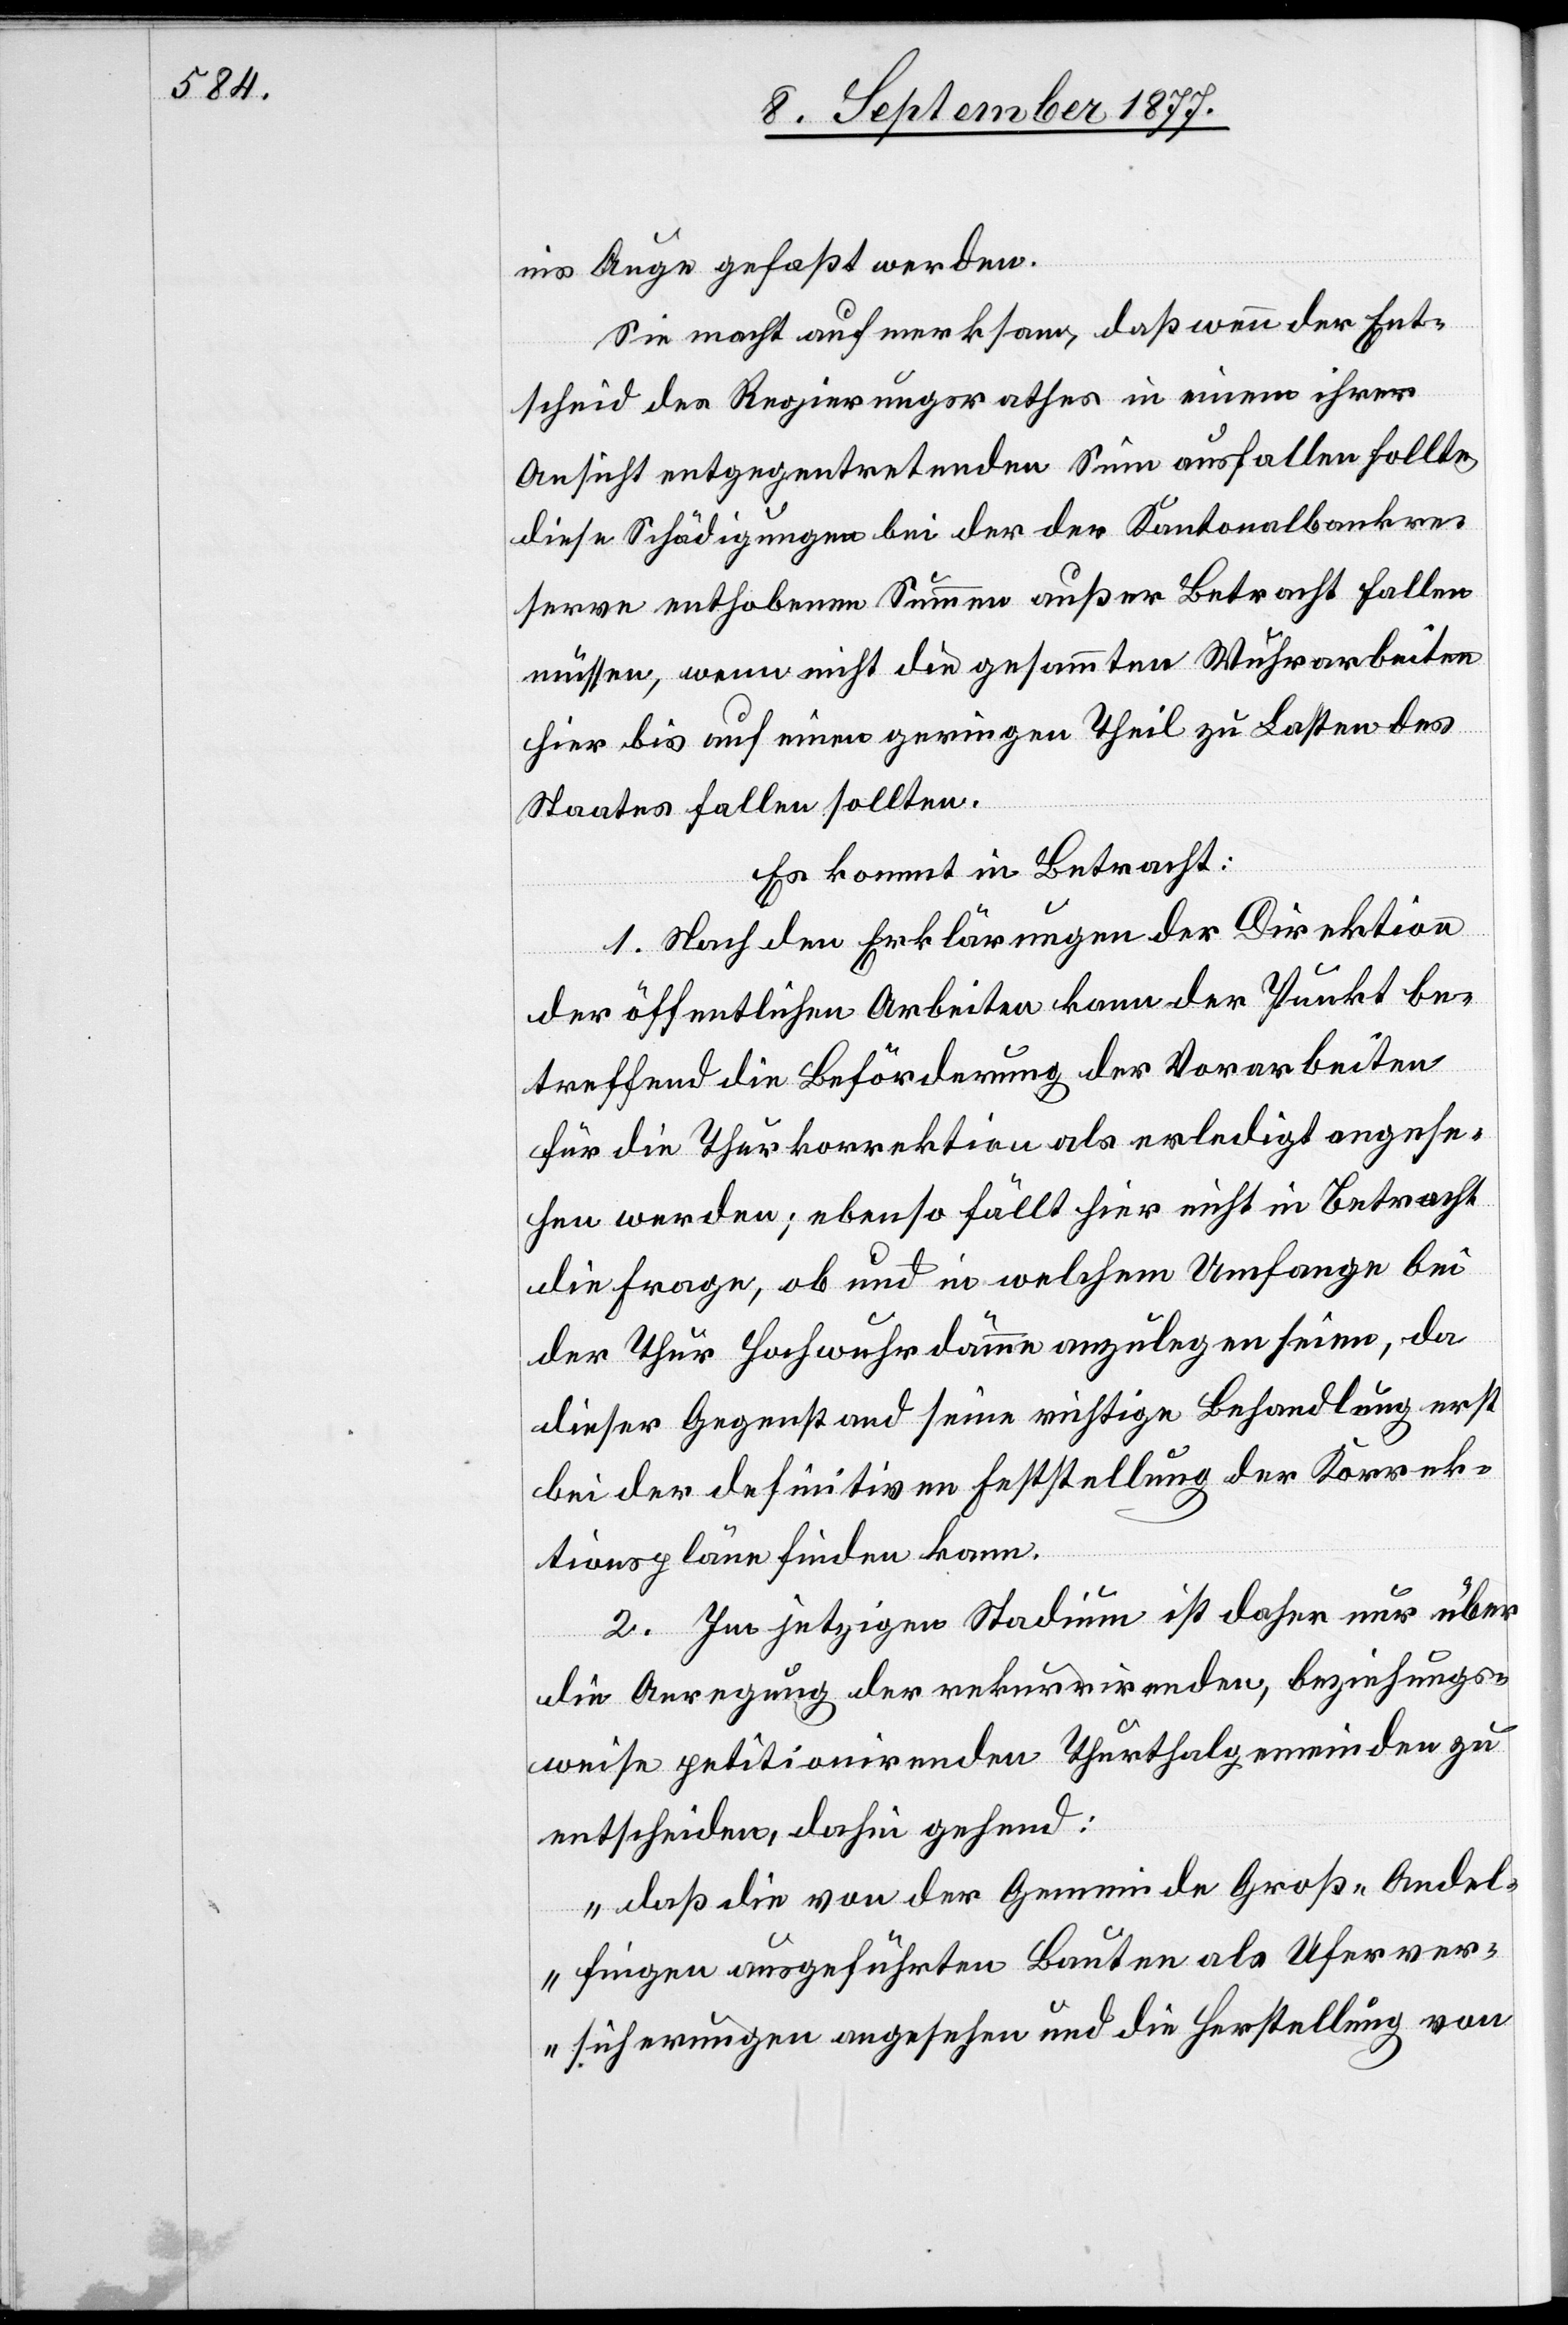
ins Auge gefaßt werden.
Sie macht aufmerksam, daß wenn der Ent¬
scheid des Regierungsrathes in einem ihrer
Ansicht entgegentretenden Sinn ausfallen sollte
diese Schädigungen bei der der Kantonalbankre¬
serve enthobenen Summen außer Betracht fallen
müssen, wenn nicht die gesammten Wuhrarbeiten
hier bis auf einen geringen Theil zu Lasten des
Staates fallen sollten.
Es kommt in Betracht:
1. Nach den Erklärungen der Direktion
der öffentlichen Arbeiten kann der Punkt be¬
treffend die Beförderung der Vorarbeiten
für die Thurkorrektion als erledigt angese¬
hen werden; ebenso fällt hier nicht in Betracht
die Frage, ob und in welchem Umfange bei
der Thur Hochwuhrdämme anzulegen seien, da
dieser Gegenstand seine richtige Behandlung erst
bei der definitiven Feststellung der Korrek¬
tionspläne finden kann.
2. Im jetzigen Stadium ist daher nur über
die Anregung der rekurrirenden, beziehungs¬
weise petitionirenden Thurthalgemeinden zu
entscheiden, dahin gehend:
„daß die von der Gemeinde Groß-Andel¬
fingen ausgeführten Bauten als Uferver¬
sicherungen angesehen und die Herstellung von